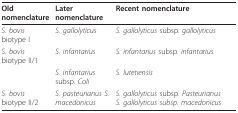
| Old nomenclature | Later nomenclature | Recent nomenclature |
 | --- | --- | --- |
 | S. bovis biotype I | S. gallolyticus | S. gallolyticus subsp. gallolyticus |
 | S. bovis biotype II/1 | S. infantarius | S. infantarius subsp. infantarius |
 |  | S. infantarius subsp. Coli | S. lutetiensis |
 | S. bovis biotype II/2 | S. pasteurianus S. macedonicus | S. gallolyticus subsp. Pasteurianus S. gallolyticus subsp. macedonicus |